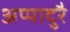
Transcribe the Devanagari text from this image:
अप्पादुरै